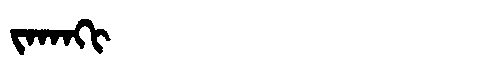
Manchu: ᠵᠠᡴᠠᡴᡳ
Romanization: JAKAKI